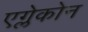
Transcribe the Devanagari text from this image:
एग्लेकोन